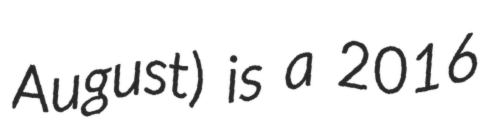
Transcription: August) is a 2016